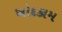
ખોદકામ